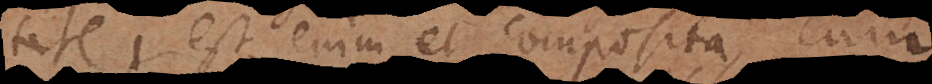
tate, est enim et composita, cum